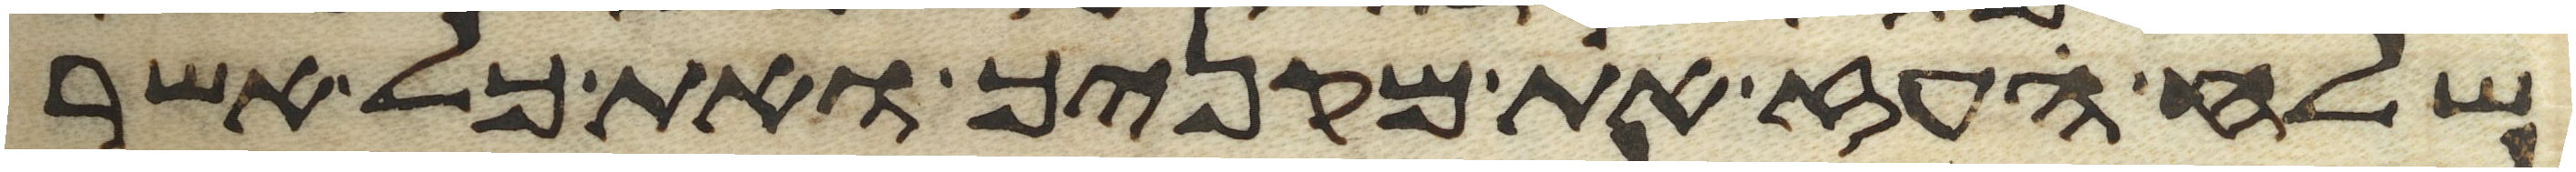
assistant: שלח העז את מקניך ואת כל אשר